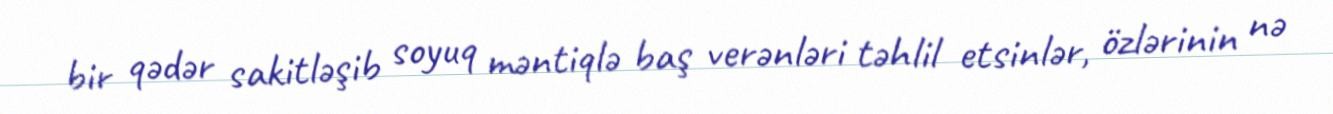
bir qədər sakitləşib soyuq məntiqlə baş verənləri təhlil etsinlər, özlərinin nə